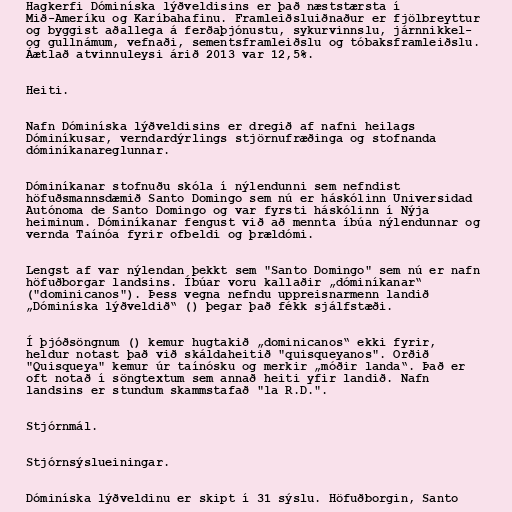
Hagkerfi Dóminíska lýðveldisins er það næststærsta í
Mið-Ameríku og Karíbahafinu. Framleiðsluiðnaður er fjölbreyttur
og byggist aðallega á ferðaþjónustu, sykurvinnslu, járnnikkel-
og gullnámum, vefnaði, sementsframleiðslu og tóbaksframleiðslu.
Áætlað atvinnuleysi árið 2013 var 12,5%.

Heiti.

Nafn Dóminíska lýðveldisins er dregið af nafni heilags
Dóminíkusar, verndardýrlings stjörnufræðinga og stofnanda
dóminíkanareglunnar.

Dóminíkanar stofnuðu skóla í nýlendunni sem nefndist
höfuðsmannsdæmið Santo Domingo sem nú er háskólinn Universidad
Autónoma de Santo Domingo og var fyrsti háskólinn í Nýja
heiminum. Dóminíkanar fengust við að mennta íbúa nýlendunnar og
vernda Taínóa fyrir ofbeldi og þrældómi.

Lengst af var nýlendan þekkt sem "Santo Domingo" sem nú er nafn
höfuðborgar landsins. Íbúar voru kallaðir „dóminíkanar“
("dominicanos"). Þess vegna nefndu uppreisnarmenn landið
„Dóminíska lýðveldið“ () þegar það fékk sjálfstæði.

Í þjóðsöngnum () kemur hugtakið „dominicanos“ ekki fyrir,
heldur notast það við skáldaheitið "quisqueyanos". Orðið
"Quisqueya" kemur úr taínósku og merkir „móðir landa“. Það er
oft notað í söngtextum sem annað heiti yfir landið. Nafn
landsins er stundum skammstafað "la R.D.".

Stjórnmál.

Stjórnsýslueiningar.

Dóminíska lýðveldinu er skipt í 31 sýslu. Höfuðborgin, Santo